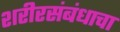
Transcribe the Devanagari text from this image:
शरीरसंबंधाचा